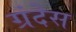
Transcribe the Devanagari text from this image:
ग्रंदेस